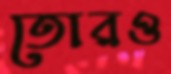
তোরও